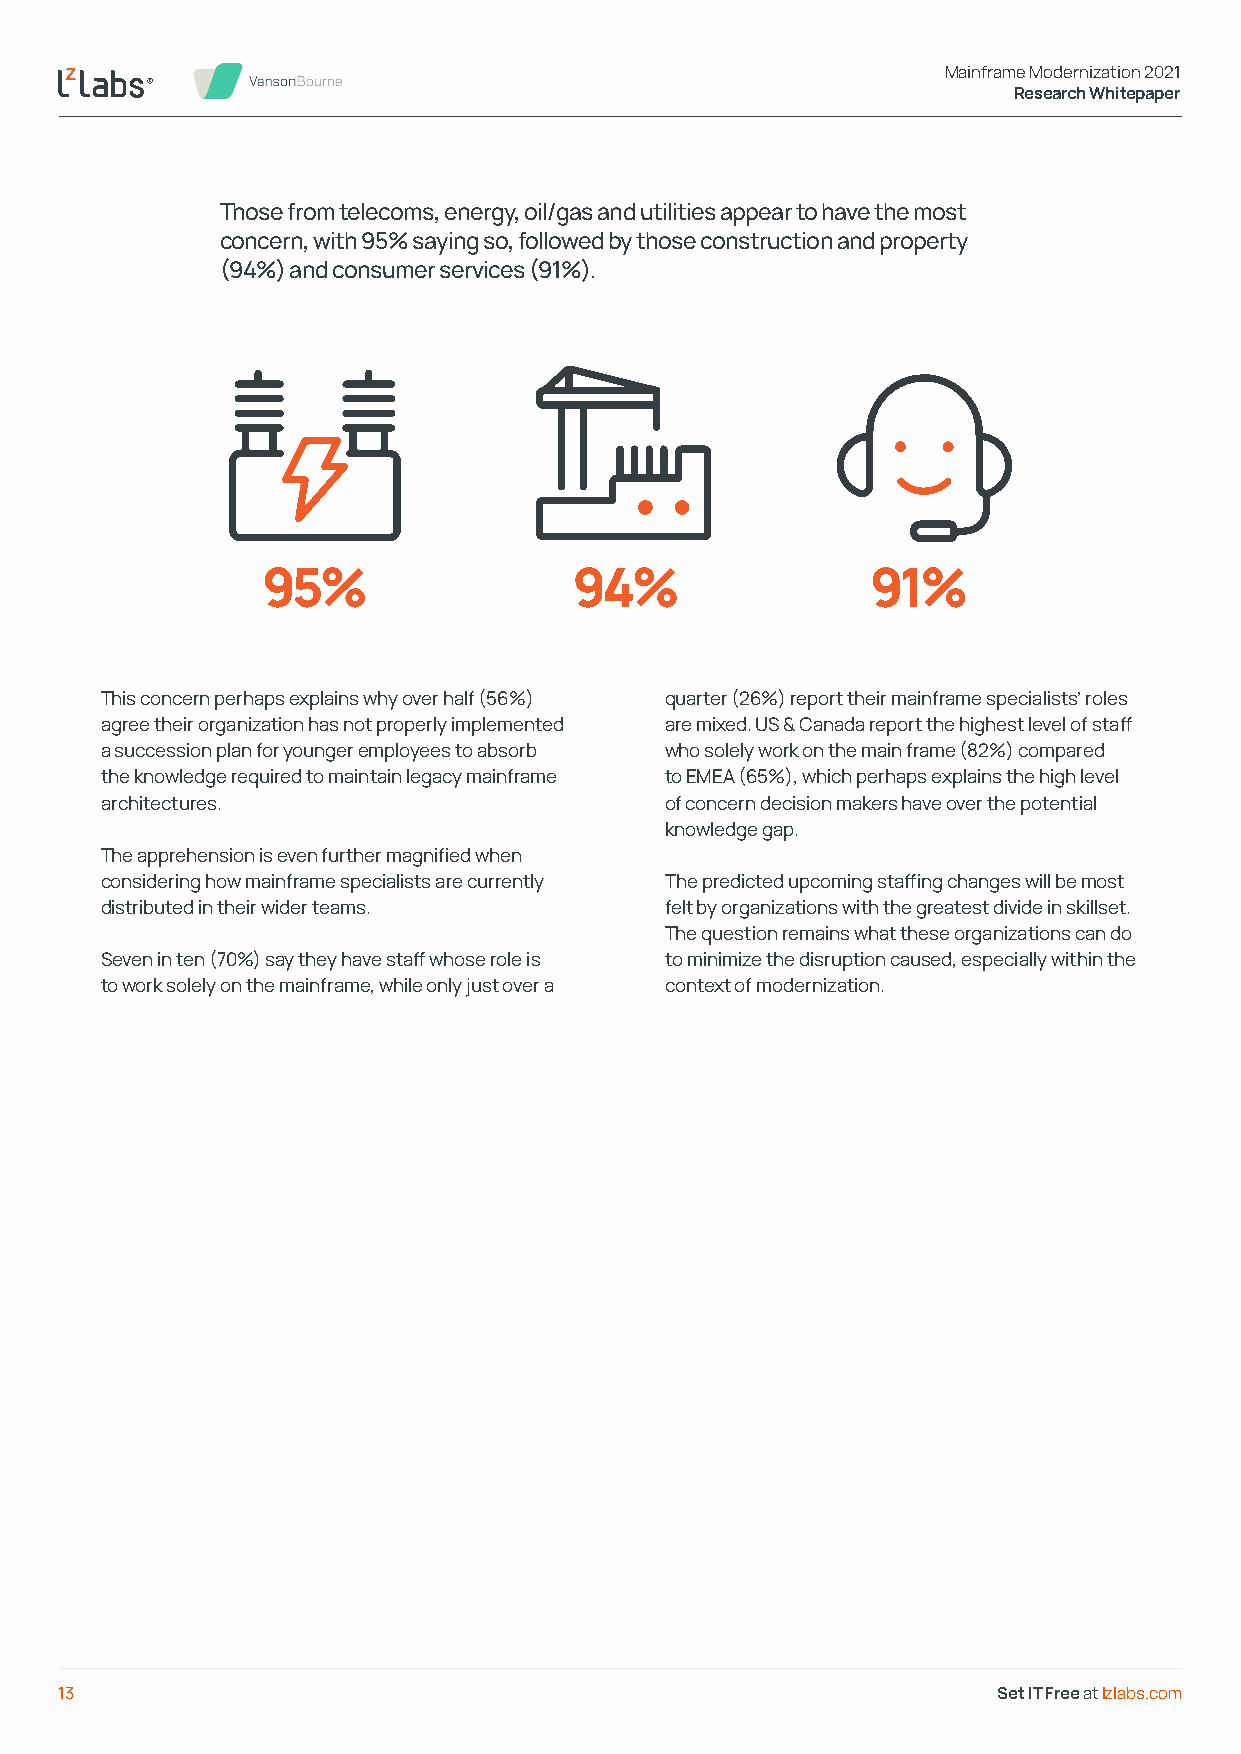
Mainframe Modernization 2021
 Research Whitepaper
 Those from telecoms, energy, oil/gas and utilities appear to have the most
 concern, with 95% saying so, followed by those construction and property
 (94%) and consumer services (91%).
 This concern perhaps explains why over half (56%) quarter (26%) report their mainframe specialists’ roles
 agree their organization has not properly implemented are mixed. US & Canada report the highest level of staff
 a succession plan for younger employees to absorb who solely work on the main frame (82%) compared
 the knowledge required to maintain legacy mainframe to EMEA (65%), which perhaps explains the high level
 architectures.                       of concern decision makers have over the potential
 knowledge gap.
 The apprehension is even further magnified when
 considering how mainframe specialists are currently The predicted upcoming staffing changes will be most
 distributed in their wider teams.    felt by organizations with the greatest divide in skillset.
 The question remains what these organizations can do
 Seven in ten (70%) say they have staff whose role is to minimize the disruption caused, especially within the
 to work solely on the mainframe, while only just over a context of modernization.
 13                                                            Set IT Free at lzlabs.com